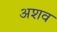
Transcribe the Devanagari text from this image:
अशव